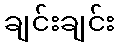
ချင်းချင်း